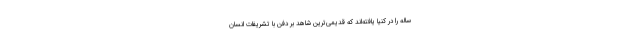
ساله را در کنیا یافته‌اند که قدیمی‌ترین شاهد بر دفن با تشریفات انسان